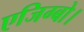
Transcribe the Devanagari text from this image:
एजिग्बो।